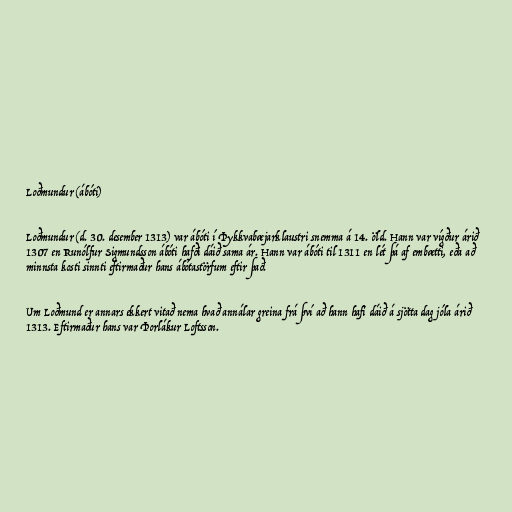
Loðmundur (ábóti)

Loðmundur (d. 30. desember 1313) var ábóti í Þykkvabæjarklaustri snemma á 14. öld. Hann var vígður árið
1307 en Runólfur Sigmundsson ábóti hafði dáið sama ár. Hann var ábóti til 1311 en lét þá af embætti, eða að
minnsta kosti sinnti eftirmaður hans ábótastörfum eftir það.

Um Loðmund er annars ekkert vitað nema hvað annálar greina frá því að hann hafi dáið á sjötta dag jóla árið
1313. Eftirmaður hans var Þorlákur Loftsson.